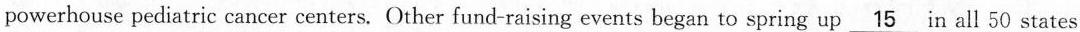
powerhouse pediatric cancer centers. Other fund-raising events began to spring up \underline{15} in all 50 states